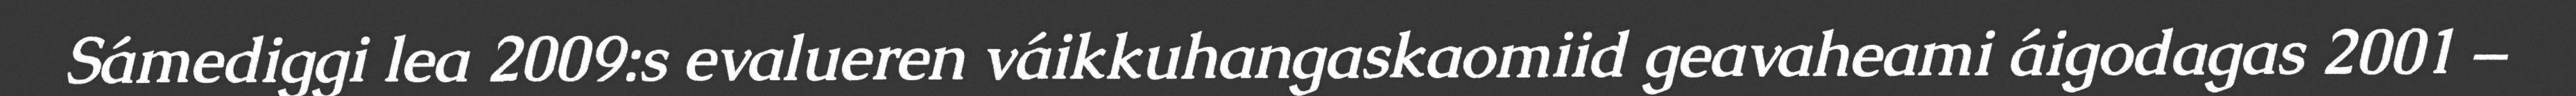
Sámediggi lea 2009:s evalueren váikkuhangaskaomiid geavaheami áigodagas 2001 –